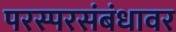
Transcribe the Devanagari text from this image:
परस्परसंबंधावर